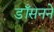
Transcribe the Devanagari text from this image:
डॉसनने